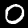
Label: 0